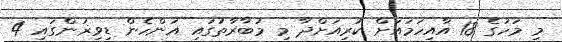
މި މަހުގެ 18 އާއިހަމައަށް ކުރިއަށްދާ މި މުބާރާތުގައި އަންހެން ޑިވިޜަންގައި 4